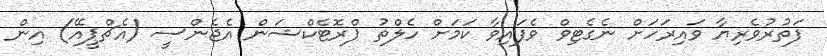
ފަތުރުވެރިޔާ ވައިރަހަށް ނެގެޓިވް ވެފައިވާ ކަމަށް ހެލްތު ޕްރޮޓެކްޝަން އެޖެންސީ (އެޗްޕީއޭ) އިން